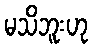
မသိဘူးဟု